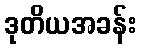
ဒုတိယအခန်း